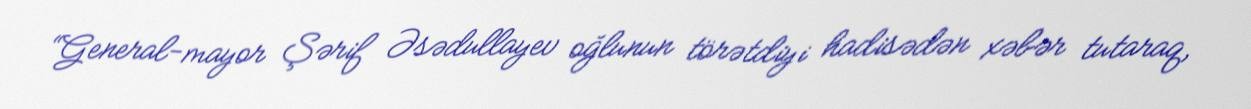
“General-mayor Şərif Əsədullayev oğlunun törətdiyi hadisədən xəbər tutaraq,